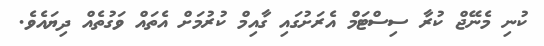
ކުނި މެނޭޖް ކުރާ ސިސްޓަމް އެރަށުގައި ގާއިމް ކުރުމަށް އެތައް ވަގުތެއް ދިޔައެވެ.